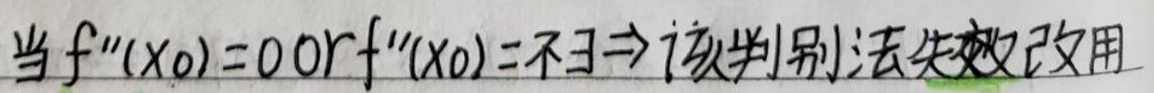
当\(f''(x_0)=0\)或\(f''(x_0)=\)不存在\(\Rightarrow\)该判别法失效改用